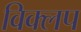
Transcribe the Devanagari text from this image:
विक्लप